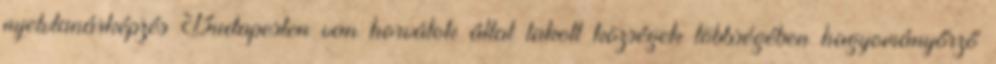
nyelvtanárképzés Budapesten van horvátok által lakott községek többségében hagyományőrző